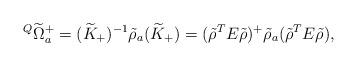
LaTeX: \begin{align*}{}^Q\widetilde{\Omega}^+_a=(\widetilde{K}_+)^{-1}\tilde{\rho}_a(\widetilde{K}_+)=(\tilde{\rho}^TE\tilde{\rho})^+\tilde{\rho}_a(\tilde{\rho}^TE\tilde{\rho}),\end{align*}